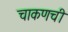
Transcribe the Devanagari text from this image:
चाकणची